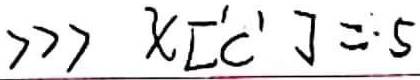
$s = [?,]x <<<$